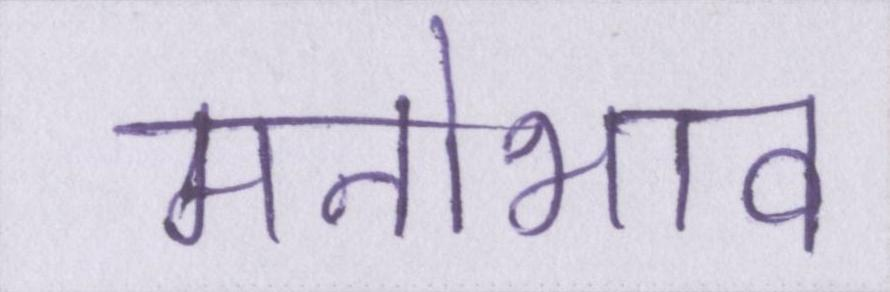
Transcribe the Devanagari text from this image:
मनोभाव